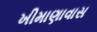
ખીમાણાવાસ